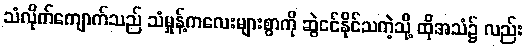
သံလိုက်ကျောက်သည် သံမှုန့်ကလေးများစွာကို ဆွဲငင်နိုင်သကဲ့သို့ ထိုအသံ၌ လည်း